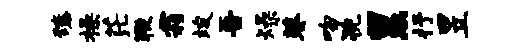
臻操茫鞭霜竣吾燥葵吻猊累抒昱